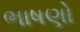
ભાષણો